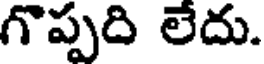
గొప్పది లేదు.